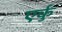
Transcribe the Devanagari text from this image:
एर्कु